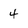
Character: 4